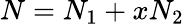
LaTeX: N=N_{1}+xN_{2}